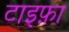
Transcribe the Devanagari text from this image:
टाइफ़ा